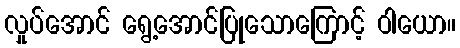
လှုပ်အောင် ရွေ့အောင်ပြုသောကြောင့် ဝါယော။